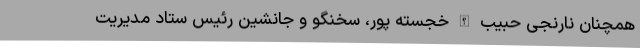
همچنان نارنجی حبیب الله خجسته پور، سخنگو و جانشین رئیس ستاد مدیریت